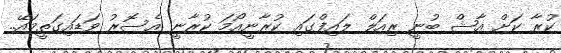
ކުރާ ކަށް އާޝް ބުނީ ރިއަލް ލައިފްގައި ކުރާނީއޯމަ ކުރާނީ އެސޮރު ވަޑައިގަތީމައޭ..